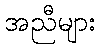
အညီများ